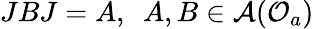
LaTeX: JBJ=A,\, \, \, A,B\in\mathcal{A}(\mathcal{O}_{a})